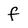
Character: f